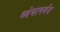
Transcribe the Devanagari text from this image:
ध्येयापर्यंत